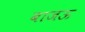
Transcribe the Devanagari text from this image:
बाजऊ